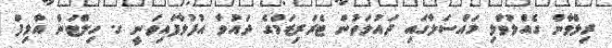
ރިލްވާން ގެއްލުވާލި މައްސަލާގައި ދައުލަތުން ޓެރަރިޒަމްގެ ދައުވާ އުފުލާފައިވަނީ ގ. ހިލްޓަން އާލިފް